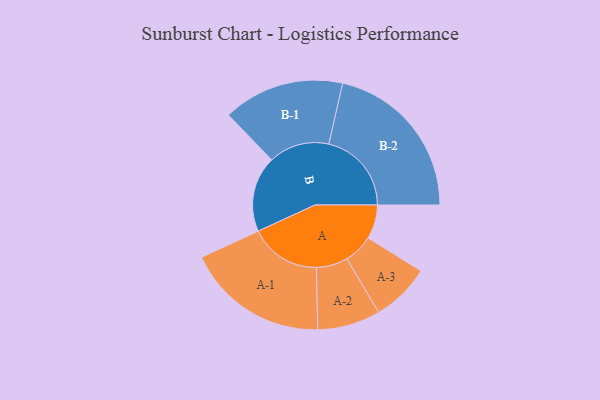
{"axis": {"x": "Segment", "y": "Value"}, "legend": ["", "A", "B"], "data": [{"x": "A", "y": 119, "type": ""}, {"x": "B", "y": 265, "type": ""}, {"x": "A-1", "y": 249, "type": "A"}, {"x": "A-2", "y": 110, "type": "A"}, {"x": "A-3", "y": 103, "type": "A"}, {"x": "B-1", "y": 212, "type": "B"}, {"x": "B-2", "y": 289, "type": "B"}]}